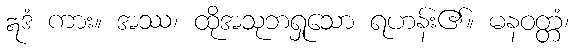
ဣဒံ ကား။ အဿ၊ ထိုအသုဘရှုသော ရဟန်း၏။ မနဝတ္တံ၊